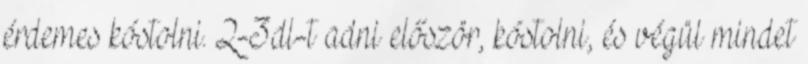
érdemes kóstolni. 2-3dl-t adni először, kóstolni, és végül mindet